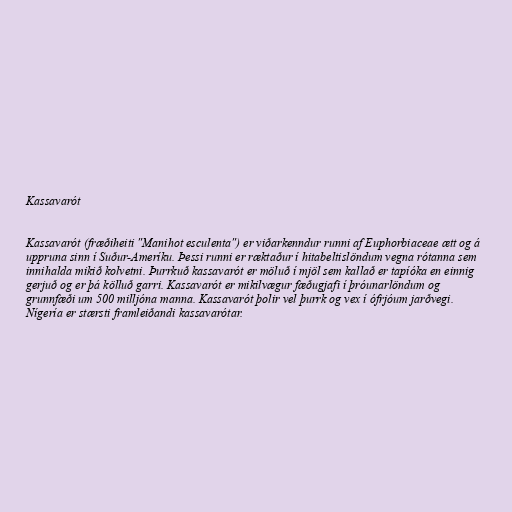
Kassavarót

Kassavarót (fræðiheiti "Manihot esculenta") er viðarkenndur runni af Euphorbiaceae ætt og á
uppruna sinn í Suður-Ameríku. Þessi runni er ræktaður í hitabeltislöndum vegna rótanna sem
innihalda mikið kolvetni. Þurrkuð kassavarót er möluð í mjöl sem kallað er tapíóka en einnig
gerjuð og er þá kölluð garri. Kassavarót er mikilvægur fæðugjafi í þróunarlöndum og
grunnfæði um 500 milljóna manna. Kassavarót þolir vel þurrk og vex í ófrjóum jarðvegi.
Nígería er stærsti framleiðandi kassavarótar.